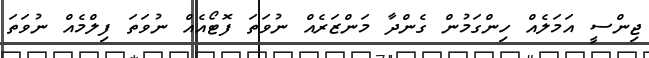
ޖިންސީ އަމަލެއް ހިންގަމުން ގެންދާ މަންޒަރެއް ނުވަތަ ފޮޓޯއެއް ނުވަތަ ފިލްމެއް ނުވަތަ